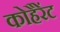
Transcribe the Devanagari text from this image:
कोहैरेंट